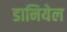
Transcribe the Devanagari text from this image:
डानियेल